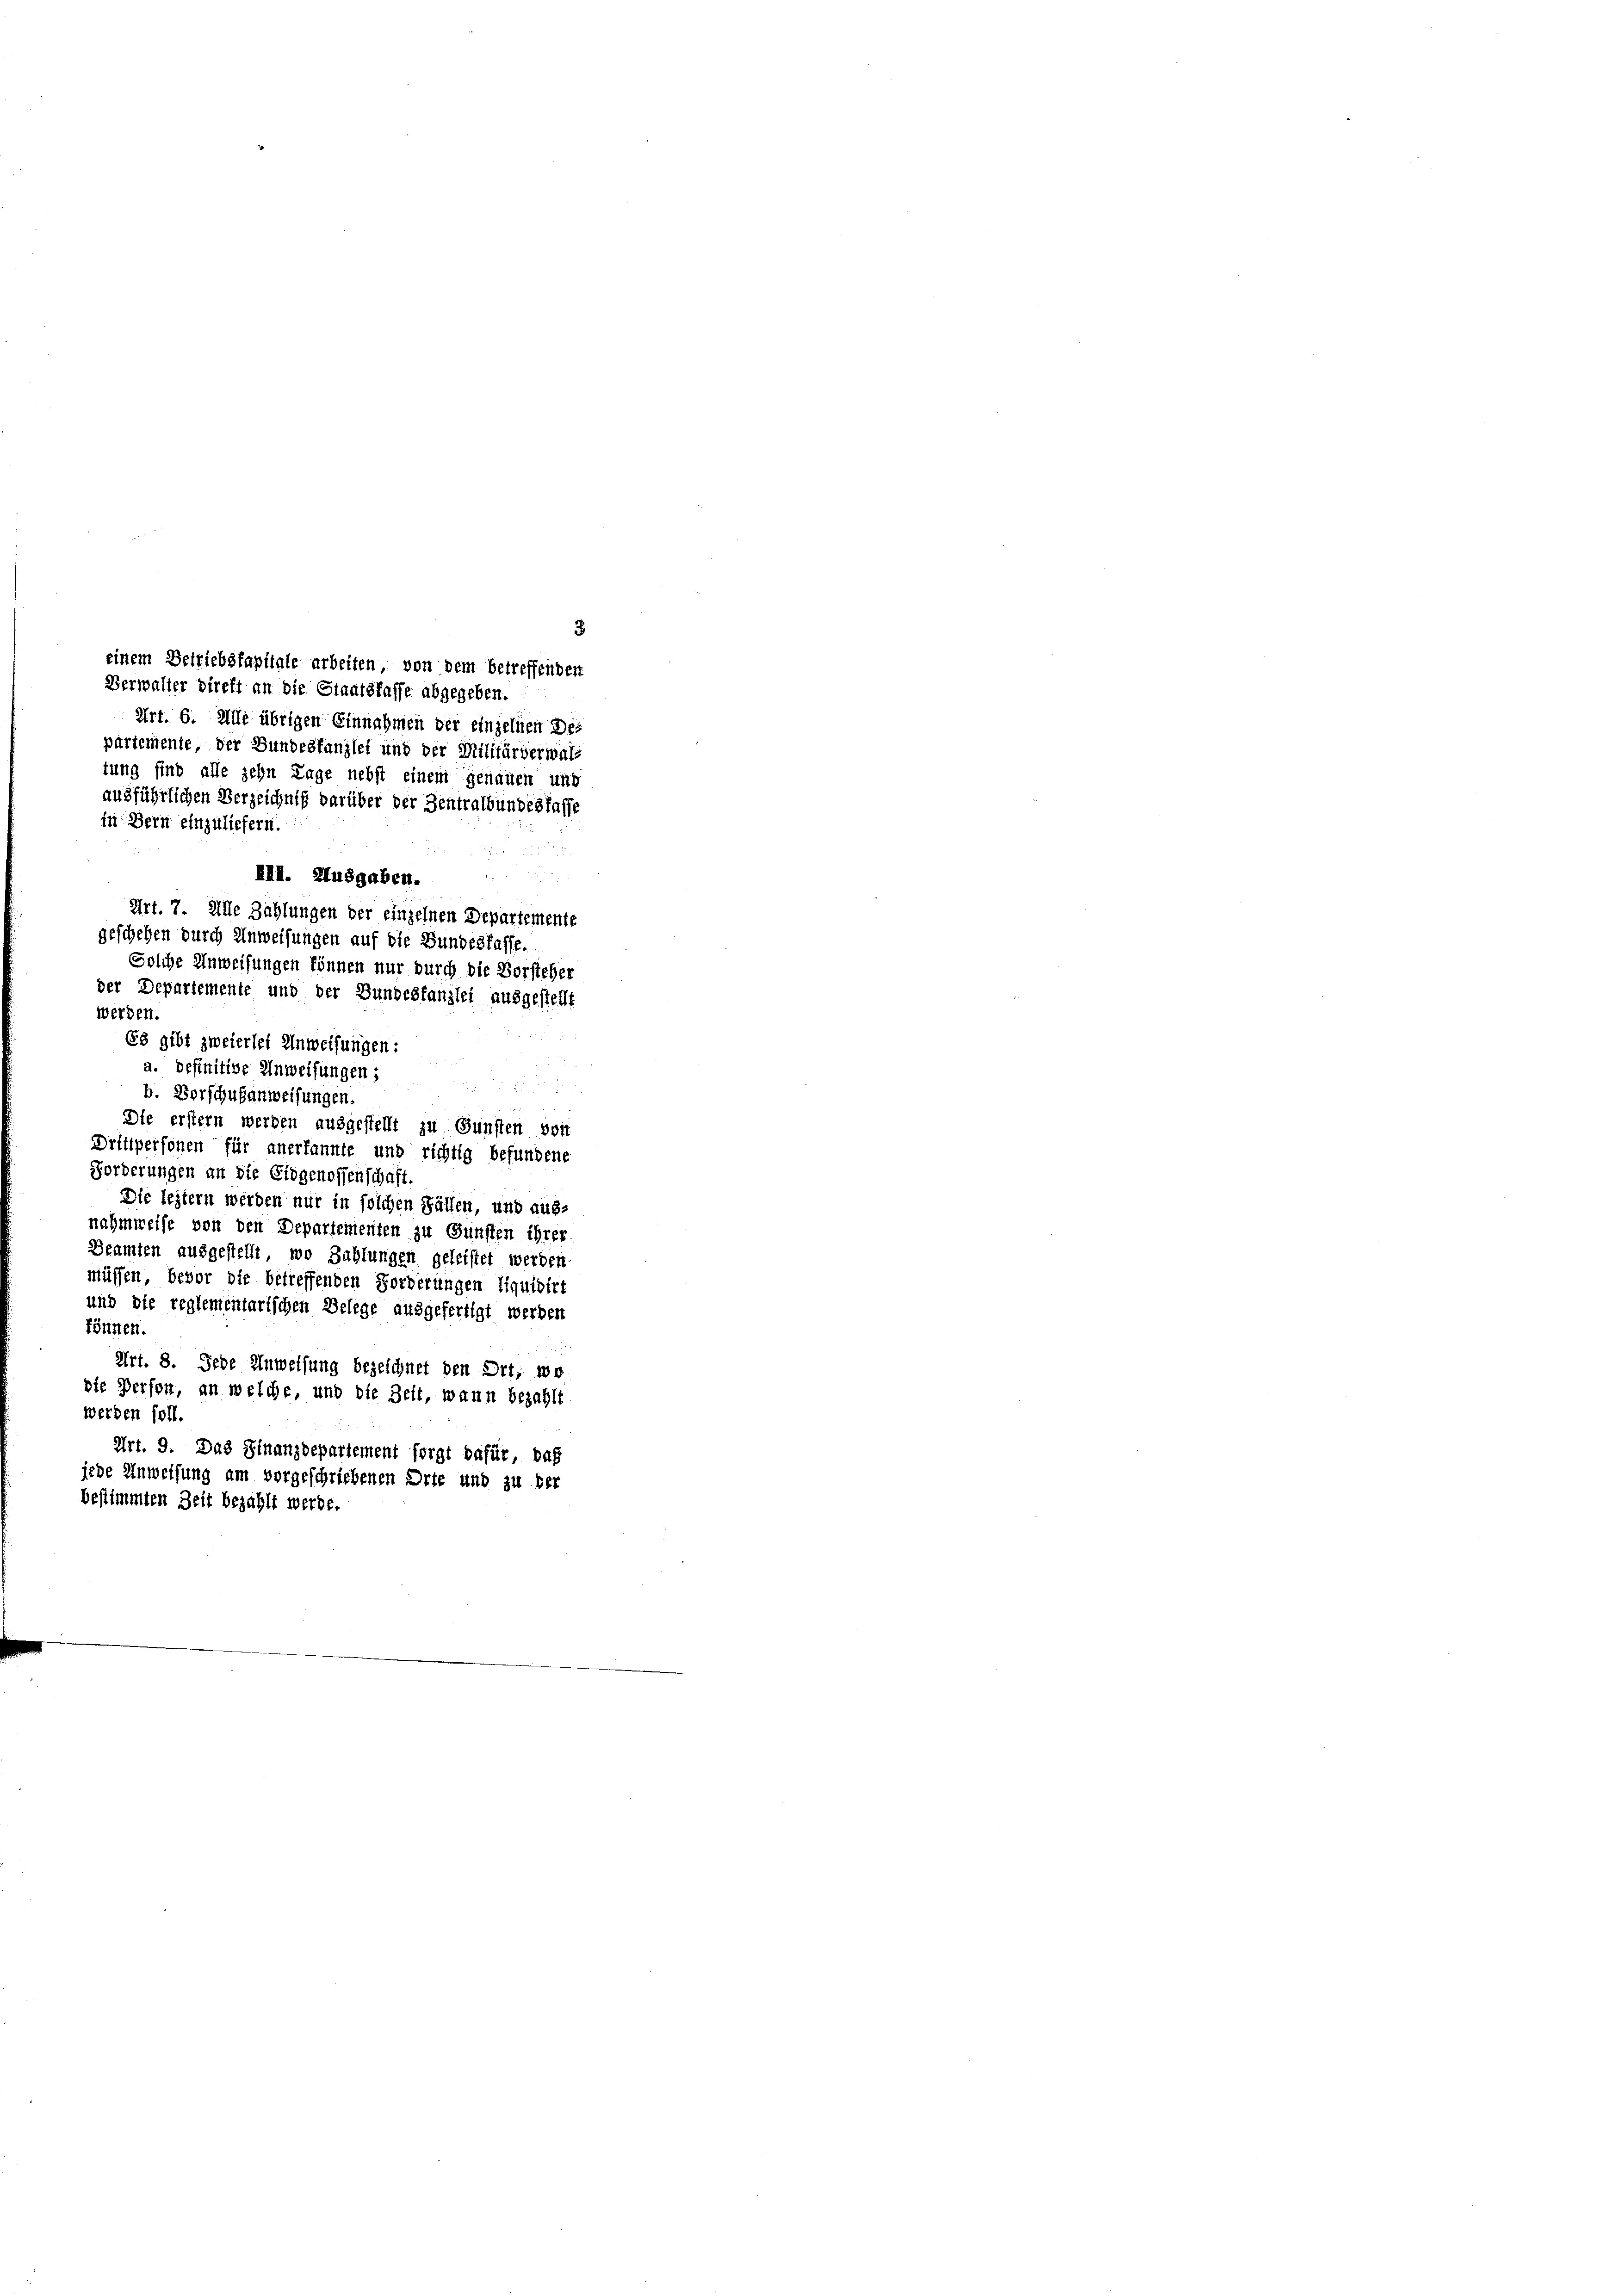
III. Ausgaben.
Art. 7. Alle Zahlungen der einzelnen Departemente
geschehen durch Anweisungen auf die Bundesfasse.
Solche Anwerfungen können nur durch die Vorsteher
der Departemente und der Bundestanzlei ausgestellt
Es gibt zweierlei Anweisungen:

Art. 6. Alle übrigen Einnahmen der einzelnen De-
partemente, der Bundestanzlei und der Militärverwaltung sind alle zehn Lage nebst einem genauen und
ausführlichen Verzeichnis darüber der Zentralbundesfasse
in Bern einzuliefern.
werden.
a. definitive Anweisungen;
b. Vorschulanweisungen.
Die erstern werden ausgestellt zu Gunsten von
Drittpersonen für anerkannte und richtig befundene
Forderungen an die Eidgenossenschaft.
Die leistern werden nur in solchen Fällen, und aus-
nahmweise von den Departementen zu Gunsten ihrer
Beamten ausgestellt, wo Zahlungen geleistet werden
müssen, bevor die betreffenden Forderungen Liquidirt
und die reglementarischen Belege ausgefertigt werden
können.
Art. 8. Jede Anweisung bezeichnet den Ort, wo
die Person, an welche, und die Zeit, wann bezahlt
werden soll.
Art. 9. Das Finanzdepartement sorgt dafür, daß
jede Anweisung am vorgeschriebenen Orte und zu ber
bestimmten Zeit bezahlt werde.

3
einem Betriebskapitale arbeiten, von dem betreffenden
Verwalter streff an die Staatsfasse abgegeben.